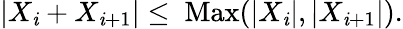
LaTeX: |X_{\mathit{i}}+X_{\mathit{i}+1}|\leq\mathrm{{~Max}}(|X_{\mathit{i}}|,|X_{\mathit{i}+1}|).